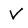
Character: V